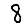
Digit: 8